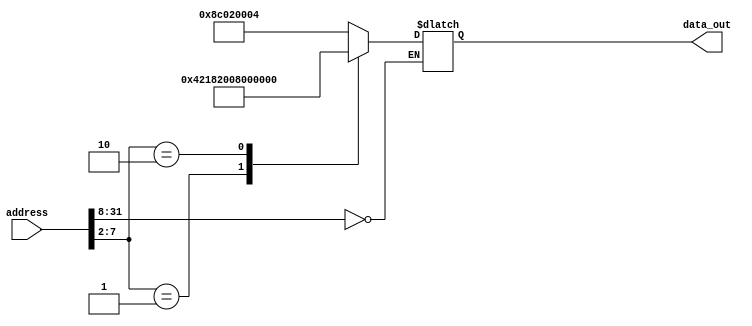
/*
 *	Copyright (C) 2011  Kiel Friedt
 *
 *    This program is free software: you can redistribute it and/or modify
 *    it under the terms of the GNU General Public License as published by
 *    the Free Software Foundation, either version 3 of the License, or
 *    (at your option) any later version.
 *
 *    This program is distributed in the hope that it will be useful,
 *    but WITHOUT ANY WARRANTY; without even the implied warranty of
 *    MERCHANTABILITY or FITNESS FOR A PARTICULAR PURPOSE.  See the
 *    GNU General Public License for more details.
 *
 *    You should have received a copy of the GNU General Public License
 *    along with this program.  If not, see <http://www.gnu.org/licenses/>.
 */
 //authors Kiel Friedt, Kevin McIntosh,Cody DeHaan
module rom32(address, data_out);
  input  [31:0] address;
  output [31:0] data_out;
  reg    [31:0] data_out;

  parameter BASE_ADDRESS = 25'd0; // address that applies to this memory

  wire [5:0] mem_offset;
  wire address_select;

  assign mem_offset = address[7:2];  // drop 2 LSBs to get word offset

  assign address_select = (address[31:8] == BASE_ADDRESS);  // address decoding

  always @(address_select or mem_offset)

  begin
    if ((address % 4) != 0) $display($time, " rom32 error: unaligned address %d", address);
    if (address_select == 1)
    begin
      case (mem_offset) 
          5'd0 : data_out = { 6'd35, 5'd0, 5'd2, 16'd4 };//lw $2, 4($0)    r2=1
          5'd1 : data_out = { 6'd0, 5'd2, 5'd2, 5'd3, 5'd0, 6'd32 };  //add $3, $2, $2
          5'd2 : data_out = { 6'd2, 26'd0 };    //J 0
       
          // add more cases here as desired
          default data_out = 32'hxxxx;
      endcase

      $display($time, " reading data: rom32[%h] => %h", address, data_out);

    end
  end 
endmodule